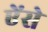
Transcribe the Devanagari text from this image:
ऐंसे